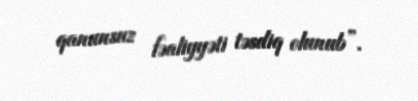
qanunsuz fəaliyyəti təsdiq olunub”.